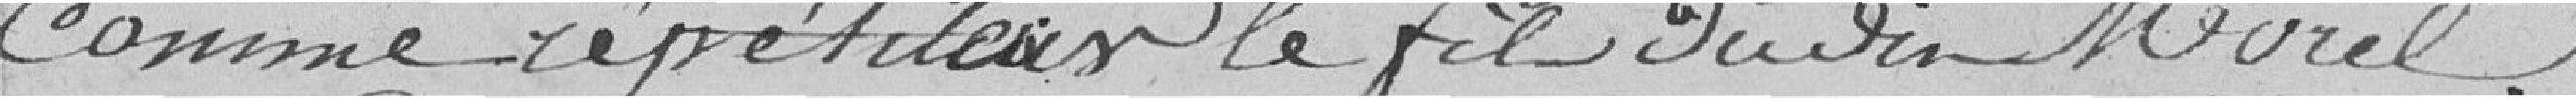
comme répétiteur le fils dudit Morel.